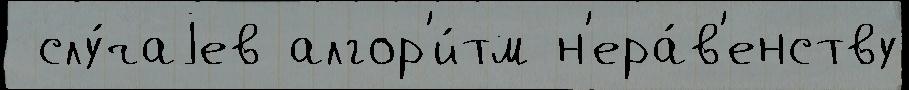
 слу́чаjев алгор'и́тм н'ера́в'енству